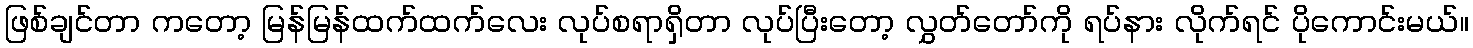
ဖြစ်ချင်တာ ကတော့ မြန်မြန်ထက်ထက်လေး လုပ်စရာရှိတာ လုပ်ပြီးတော့ လွှတ်တော်ကို ရပ်နား လိုက်ရင် ပိုကောင်းမယ်။